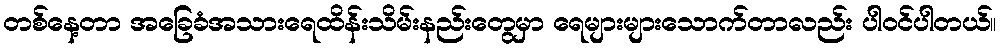
တစ်နေ့တာ အခြေခံအသားရေထိန်းသိမ်းနည်းတွေမှာ ရေများများသောက်တာလည်း ပါဝင်ပါတယ်။